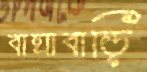
বাঘাবাড়ি